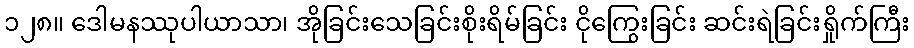
၁၂၈။ ဒေါမနဿုပါယာသာ၊ အိုခြင်းသေခြင်းစိုးရိမ်ခြင်း ငိုကြွေးခြင်း ဆင်းရဲခြင်းရှိုက်ကြီး